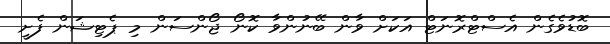
ބޮޑުވެގެން އެސްޓްރޮނަޓް އަކަށް ވާން ބޭނުންވާ ކޮނޯ ޖޯންސަން މި ޕެޓިޝަން ފެށީ